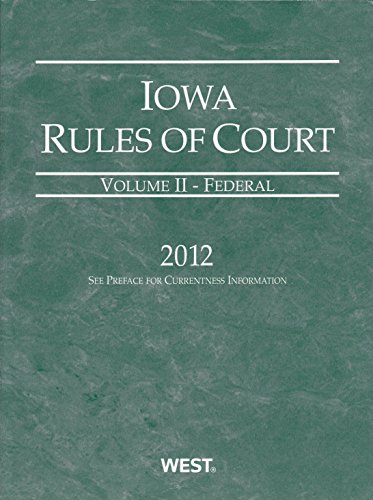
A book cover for Iowa Rules of Court 2012 Federal (Iowa Rules of Court. State and Federal); Not Available (NA); Law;